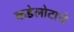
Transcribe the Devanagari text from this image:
कडेलोटाचे